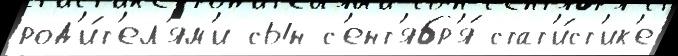
род'и́т'ел'ям'и сын с'ент'ябр'я́ стат'и́ст'ик'е